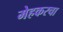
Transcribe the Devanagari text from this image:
मेहकरचा